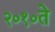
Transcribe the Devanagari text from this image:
२०१०ते